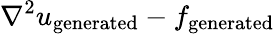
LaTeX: \nabla^{2}u_{\mathrm{generated}}-f_{\mathrm{generated}}